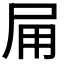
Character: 𭺸